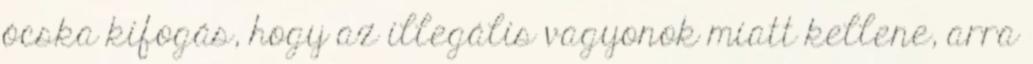
ócska kifogás, hogy az illegális vagyonok miatt kellene, arra